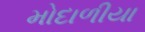
મોદાળીયા